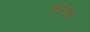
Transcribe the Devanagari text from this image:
फॉस्फेटी